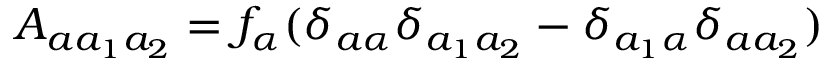
A _ { a a _ { 1 } a _ { 2 } } = f _ { \alpha } ( \delta _ { a \alpha } \delta _ { a _ { 1 } a _ { 2 } } - \delta _ { a _ { 1 } \alpha } \delta _ { a a _ { 2 } } )